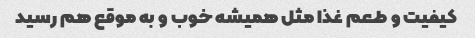
کیفیت و طعم غذا مثل همیشه خوب و به موقع هم رسید